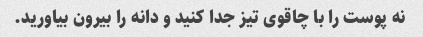
نه پوست را با چاقوی تیز جدا کنید و دانه را بیرون بیاورید.